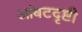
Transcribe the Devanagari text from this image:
आंबटदृष्टी